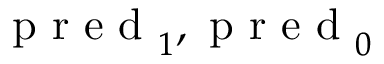
\mathrm { ~ p ~ r ~ e ~ d ~ } _ { 1 } , \mathrm { ~ p ~ r ~ e ~ d ~ } _ { 0 }